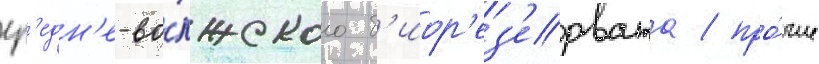
ср'едн'е-во́лжского б'иор'ез'ервата / про́чие